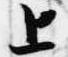
上